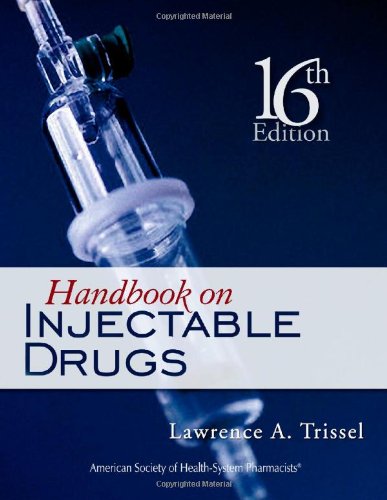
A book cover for Handbook on Injectable Drugs (Handbook of Injectable Drugs); Lawrence A Trissel FASHP; Medical Books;